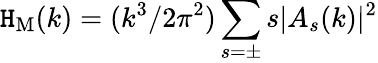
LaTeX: \mathtt{H}_{\mathrm{{M}}}(k)=(k^{3}/2\pi^{2})\sum_{s=\pm}s|A_{s}(k)|^{2}